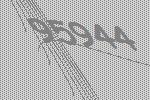
95944